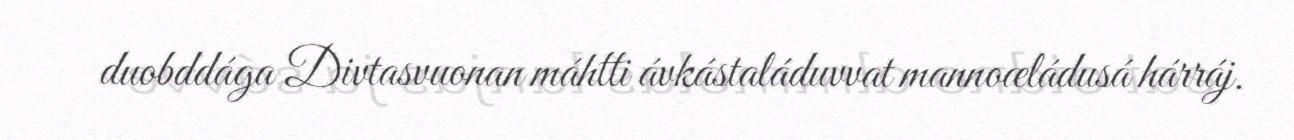
duobddága Divtasvuonan máhtti ávkástaláduvvat mannoæládusá hárráj.